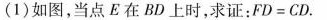
(1)如图，当点E在BD上时，求证：$$F D = C D$$.